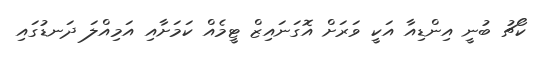
ކޯޗު ބުނީ އިންޑިއާ އަކީ ވަރަށް އޮގަނައިޒް ޓީމެއް ކަމަށާއި އަމިއްލަ ދަނޑުގައި